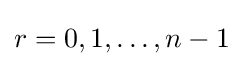
r=0,1,\dotsc ,n-1